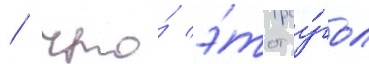
/ что́ э́тот у́гол